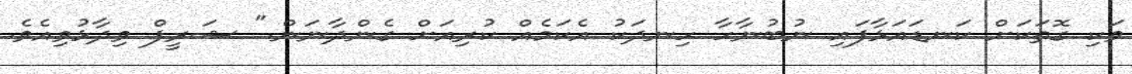
ވަކި ގޮތަކަށް ކަނޑައަޅާފައި ނުބުނާހާ ހިނދަކު އެކަމެއް ކުރިއަށް ގެންދާނަން." ޝަރީފް ވިދާޅުވިއެވެ.